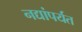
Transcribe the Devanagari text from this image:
नद्यांपर्यत